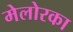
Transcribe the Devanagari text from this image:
मेलोरका